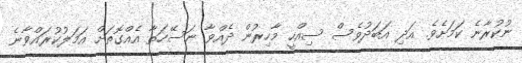
ނުކުރާނެ ކަމަށެވެ. އަދި އަބަދުވެސް ސިއްހީ މާހިރުން ދެއްވާ ނަސޭހަތާ އެއްގޮތަށް އަމަލުކުރައްވާނެ